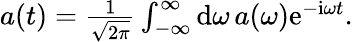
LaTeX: \begin{array}{r}{a(t)=\frac{1}{\sqrt{2\pi}}\int_{-\infty}^{\infty}\textrm{d}\omega\, a(\omega)\mathrm{e}^{-\mathrm{i}\omega t}.}\end{array}